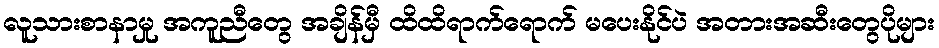
လူသားစာနာမှု အကူညီတွေ အချိန်မှီ ထိထိရာက်ရောက် မပေးနိုင်ပဲ အတားအဆီးတွေပိုများ